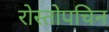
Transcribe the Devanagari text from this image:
रोस्तोपचिन